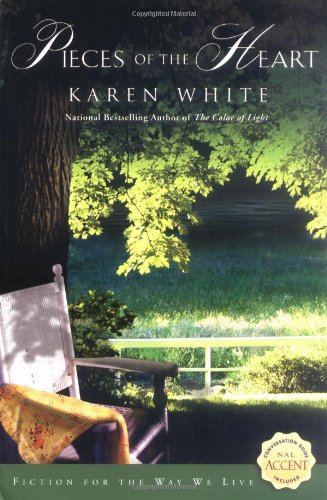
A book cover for Pieces of the Heart; Karen White; Literature & Fiction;